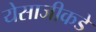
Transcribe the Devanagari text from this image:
येसाजीकडे